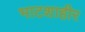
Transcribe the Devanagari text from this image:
भाटशाहीर